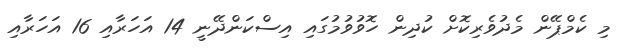
މި ކެމްޕޭން މެދުވެރިކޮށް ކުދިން ހޮވުވުމުގައި އިސްކަންދޭނީ 14 އަހަރާއި 16 އަހަރާއި